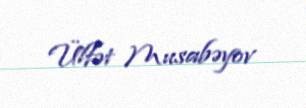
Ülfət Musabəyov